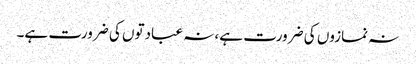
نہ نمازوں کی ضرورت ہے، نہ عبادتوں کی ضرورت ہے۔